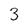
Character: 3